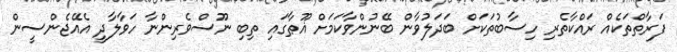
ފަރާތްތަކެއް ރައްކާތެރި ހިސާބުތަކަށް ބަދަލުވާން ބޭނުންވާކަމަށް ޣޫޠާގައި ތިބި ނޫސްވެރިންނާ ހަވާލާދީ އެއޭޖެންސީން